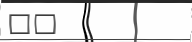
٧٣